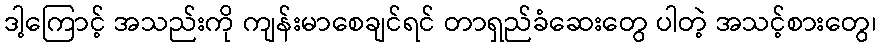
ဒါ့ကြောင့် အသည်းကို ကျန်းမာစေချင်ရင် တာရှည်ခံဆေးတွေ ပါတဲ့ အသင့်စားတွေ၊